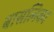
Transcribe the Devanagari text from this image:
बासलिका